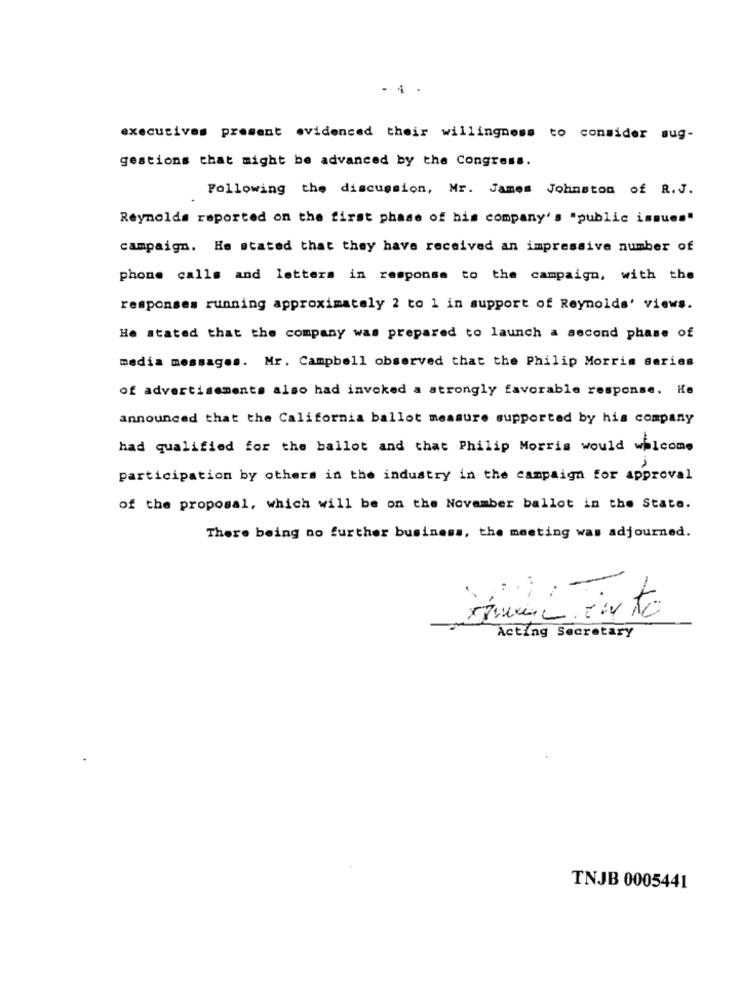
- 4
executives present evidenced their willingness to consider aug-
gestions that might be advanced by the Congress.
Following the discussion, Mr. James Johnston of R.J.
Reynolds reported on the first phase of his company's "public issues"
campaign. He stated that they have received an impressive number of
phone calls and letters in response to the campaign, with the
responses running approximately 2 to 1 in support of Reynolds' views.
He stated that the company was prepared to launch a second phase of
media messages. Mr. Campbell observed that the Philip Morris series
of advertisements also had invoked a strongly favorable response. He
announced that the California ballot measure supported by his company
had qualified for the ballot and that Philip Morris would whicome
participation by others in the industry in the campaign for approval
of the proposal, which will be on the November ballot in the State.
There being no further business, the meeting was adjourned.
Acting Secretary
TNJB 0005441